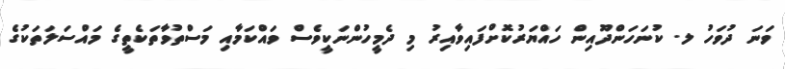
ވަނަ ދުވަހު ލ. ކުނަހަންދޫއިން ހައްޔަރުކޮށްފައިވާއިރު މި ދެމީހުންނަކީވެސް ވައްކަމާއި މަސްތުވާތަކެތީގެ މައްސަލަތަކުގެ